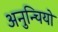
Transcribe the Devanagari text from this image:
अनुन्चियो